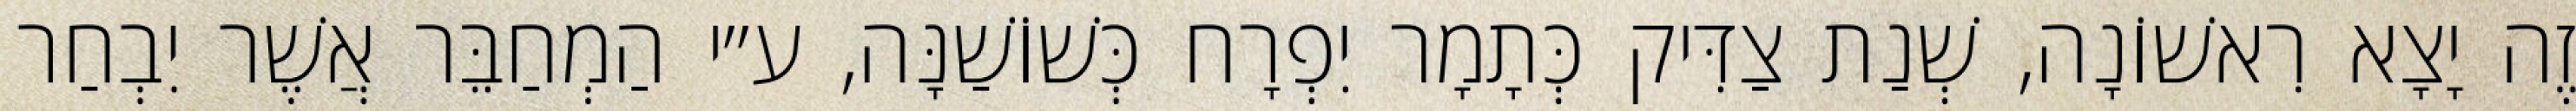
זֶה יָצָא רִאשׁוֹנָה, שְׁנַת צַדִּיק כְּתָמָר יִפְרָח כְּשׁוֹשַׁנָּה, ע״י הַמְחַבֵּר אֲשֶׁר יִבְחַר